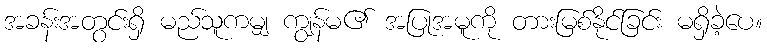
အခန်းအတွင်းရှိ မည်သူကမျှ ကျွန်မ၏ အပြုအမူကို တားမြစ်နိုင်ခြင်း မရှိခဲ့ပေ။